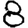
Digit: 8